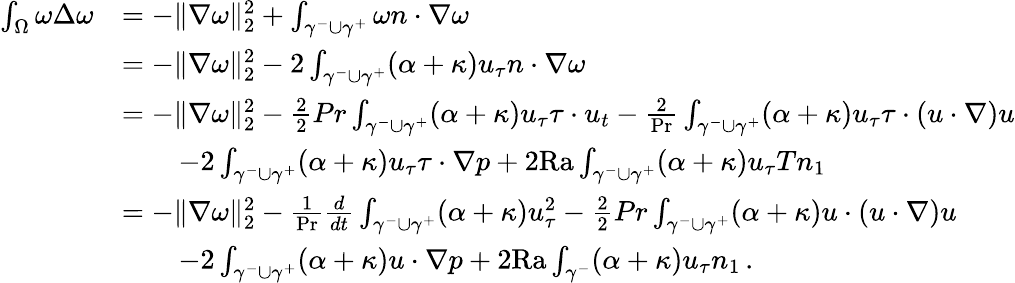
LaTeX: \begin{array}{rl}{\int_{\Omega}\omega\Delta\omega}&{=-\| \nabla\omega\| _{2}^{2}+\int_{\gamma^{-}\cup\gamma^{+}}\omega n\cdot\nabla\omega}\\ &{=-\| \nabla\omega\| _{2}^{2}-2\int_{\gamma^{-}\cup\gamma^{+}}(\alpha+\kappa)u_{\tau}n\cdot\nabla\omega}\\ &{=-\| \nabla\omega\| _{2}^{2}-\frac{2}{2}{{Pr}}\int_{\gamma^{-}\cup\gamma^{+}}(\alpha+\kappa)u_{\tau}\tau\cdot u_{t}-\frac{2}{\mathrm{Pr}}\int_{\gamma^{-}\cup\gamma^{+}}(\alpha+\kappa)u_{\tau}\tau\cdot(u\cdot\nabla)u}\\ &{\qquad-2\int_{\gamma^{-}\cup\gamma^{+}}(\alpha+\kappa)u_{\tau}\tau\cdot\nabla p+2\mathrm{{Ra}}\int_{\gamma^{-}\cup\gamma^{+}}(\alpha+\kappa)u_{\tau}Tn_{1}}\\ &{=-\| \nabla\omega\| _{2}^{2}-\frac{1}{\mathrm{Pr}}\frac{d}{dt}\int_{\gamma^{-}\cup\gamma^{+}}(\alpha+\kappa)u_{\tau}^{2}-\frac{2}{2}{{Pr}}\int_{\gamma^{-}\cup\gamma^{+}}(\alpha+\kappa)u\cdot(u\cdot\nabla)u}\\ &{\qquad-2\int_{\gamma^{-}\cup\gamma^{+}}(\alpha+\kappa)u\cdot\nabla p+2{\mathrm{Ra}}\int_{\gamma^{-}}(\alpha+\kappa)u_{\tau}n_{1}\, .}\end{array}